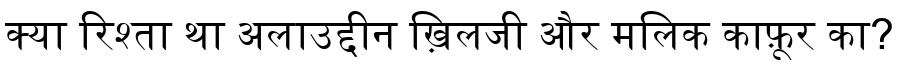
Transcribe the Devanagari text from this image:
क्या रिश्ता था अलाउद्दीन ख़िलजी और मलिक काफ़ूर का?